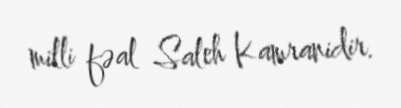
milli fəal Saleh Kamranidir.